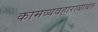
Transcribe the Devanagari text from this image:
कामव्यवहाराबाबत